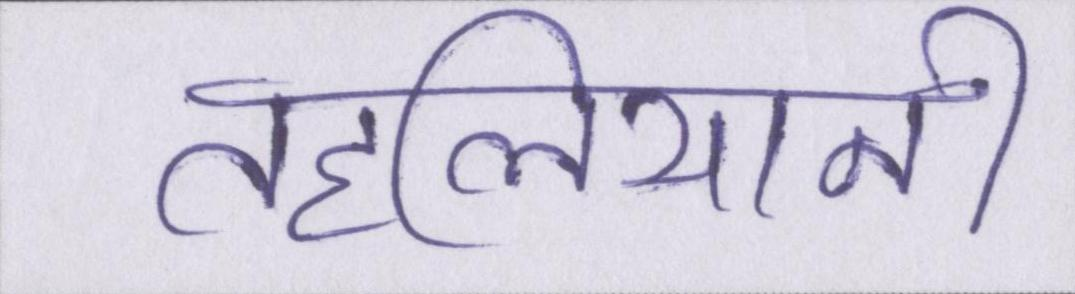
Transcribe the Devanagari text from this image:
तहलियानी